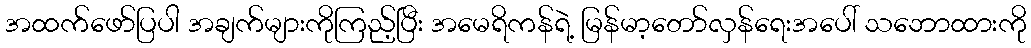
အထက်ဖော်ပြပါ အချက်များကိုကြည့်ပြီး အမေရိကန်ရဲ့ မြန်မာ့တော်လှန်ရေးအပေါ် သဘောထားကို